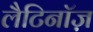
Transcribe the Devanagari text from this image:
लैटिनॉज़